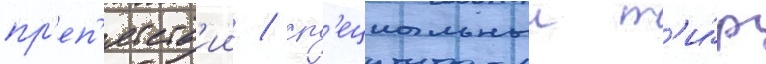
пр'еп'ятств'ии / сп'ециальныи т'и́р